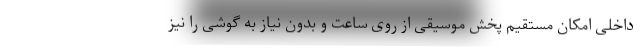
داخلی امکان مستقیم پخش موسیقی از روی ساعت و بدون نیاز به گوشی را نیز